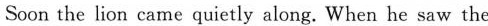
Soon the lion came quietly along. When he saw the